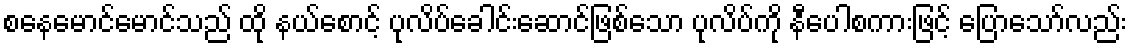
စနေမောင်မောင်သည် ထို နယ်စောင့် ပုလိပ်ခေါင်းဆောင်ဖြစ်သော ပုလိပ်ကို နီပေါစကားဖြင့် ပြောသော်လည်း